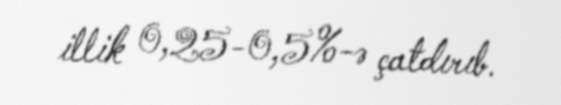
illik 0,25-0,5%-ə çatdırıb.